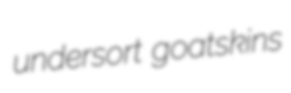
undersort goatskins